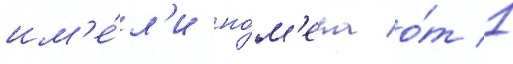
им'е́л'и но́м'ера о́т 1